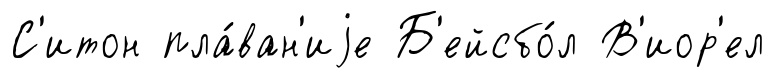
С'итон пла́ван'иjе Б'ейсбо́л В'иор'ел